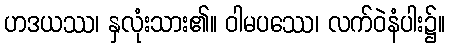
ဟဒယဿ၊ နှလုံးသား၏။ ဝါမပဿေ၊ လက်ဝဲနံပါး၌။